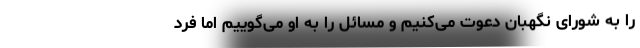
را به شورای نگهبان دعوت می‌کنیم و مسائل را به او می‌گوییم اما فرد